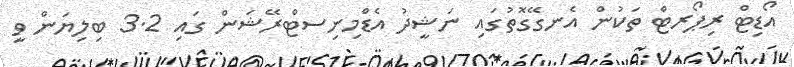
އޯޑިޓް ރިޕޯރޓް ތަކުން އެނގޭގޮތުގައި ނަޝީދު އެޑްމިނިސޓްރޭޝަން ގައި 3.2 ބިލިޔަން ވީ